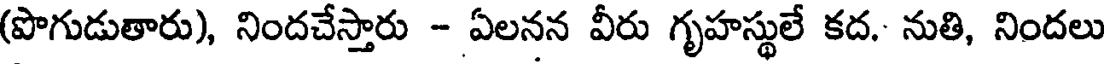
(పొగుడుతారు), నిందచేస్తారు - ఏలనన వీరు గృహస్థులే కద. నుతి, నిందలు